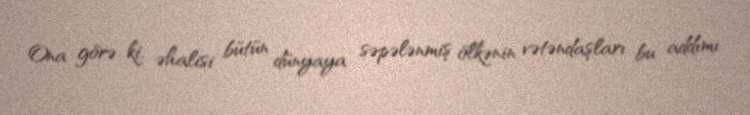
Ona görə ki, əhalisi bütün dünyaya səpələnmiş ölkənin vətəndaşları bu addımı